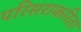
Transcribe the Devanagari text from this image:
परिसराकरिता